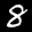
Label: 8